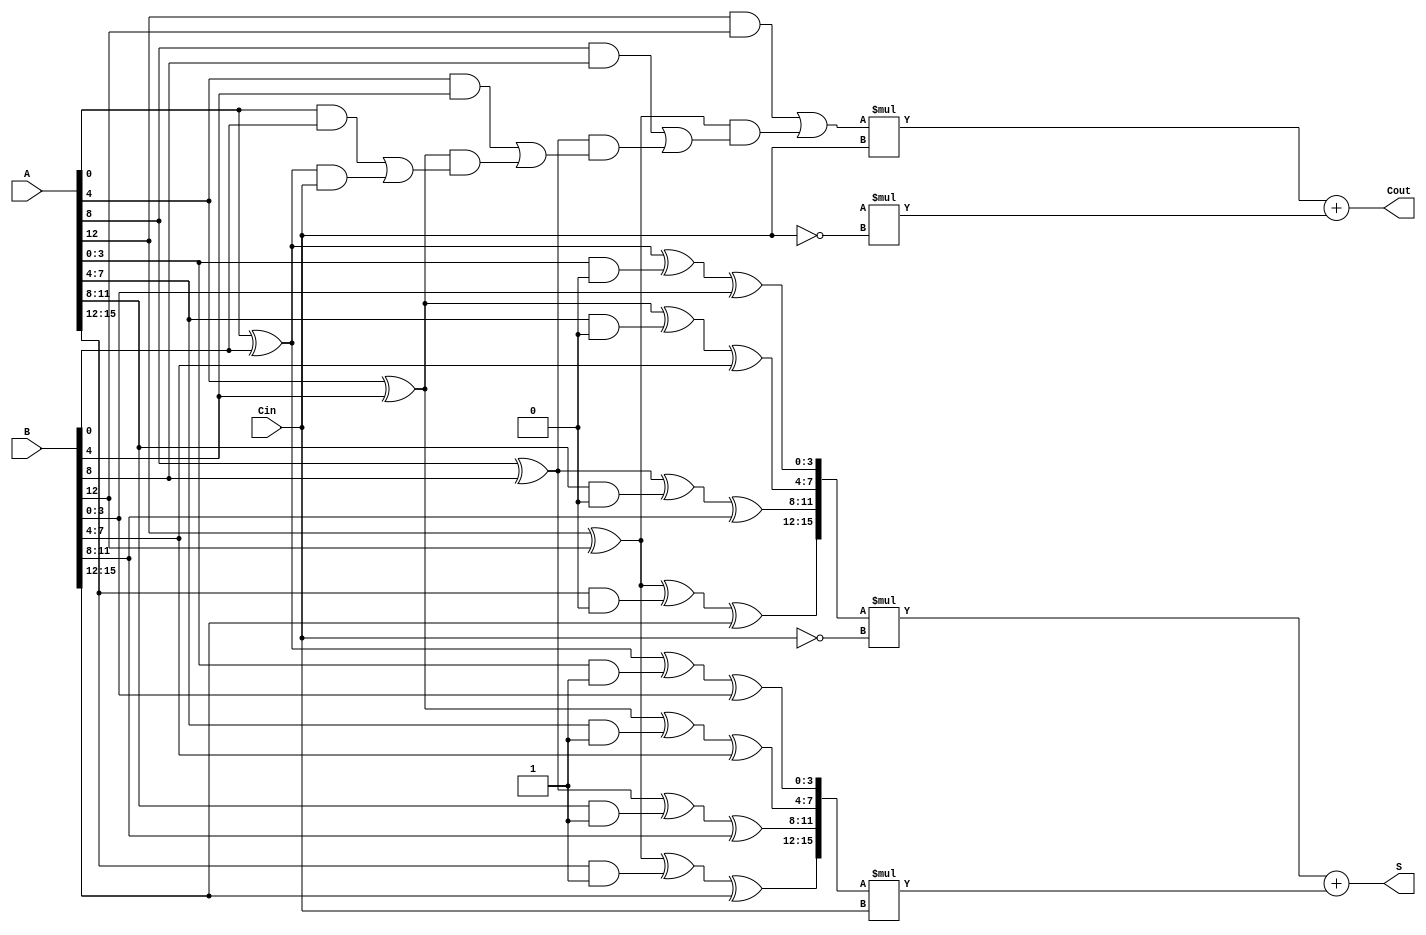
module carry_select_adder (
    input [15:0] A,        // 16-bit input A
    input [15:0] B,        // 16-bit input B
    input Cin,             // Carry-in
    output [15:0] S,       // 16-bit sum output
    output Cout            // Carry-out
);

// Parameters
parameter N = 16;  // Total bits
parameter M = 4;   // Segment bits
parameter S_WIDTH = N / M; // Number of segments

// Internal signals
wire [M-1:0] sum0 [0:S_WIDTH-1]; // Sum when Cin=0
wire [M-1:0] sum1 [0:S_WIDTH-1]; // Sum when Cin=1
wire carry0 [0:S_WIDTH];          // Carry-out when Cin=0
wire carry1 [0:S_WIDTH];          // Carry-out when Cin=1
wire P [0:S_WIDTH-1];             // Propagate signals
wire G [0:S_WIDTH-1];             // Generate signals
wire [S_WIDTH:0] carry;           // Carry signals across segments

// Generate carry lookahead logic and sums for each segment
genvar i;
generate
    for (i = 0; i < S_WIDTH; i = i + 1) begin : segment
        // Compute Propagate and Generate for the segment
        assign P[i] = (A[i*M +: M] ^ B[i*M +: M]);
        assign G[i] = (A[i*M +: M] & B[i*M +: M]);

        // Compute the carries
        if (i == 0) begin
            assign carry[i] = G[i] | (P[i] & Cin);  // First segment
        end else begin
            assign carry[i] = G[i] | (P[i] & carry[i-1]); // Subsequent segments
        end

        // Compute sums for Cin = 0 and Cin = 1
        assign sum0[i] = P[i] ^ (A[i*M +: M] & {M{0}}) ^ (B[i*M +: M]);
        assign sum1[i] = P[i] ^ (A[i*M +: M] & {M{1}}) ^ (B[i*M +: M]);

    end
endgenerate

// Final output selection: Multiplexers to choose sums and Cout based on Cin
assign S = {sum0[3], sum0[2], sum0[1], sum0[0]} * ~Cin + {sum1[3], sum1[2], sum1[1], sum1[0]} * Cin;
assign Cout = carry[S_WIDTH-1] * Cin + carry[S_WIDTH] * ~Cin;

endmodule